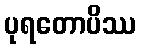
ပုရတောပိဿ